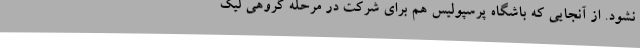
نشود. از آنجایی که باشگاه پرسپولیس هم برای شرکت در مرحله گروهی لیگ